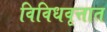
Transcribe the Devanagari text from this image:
विविधवृत्तात